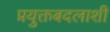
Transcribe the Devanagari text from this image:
प्रयुक्तबदलाशी